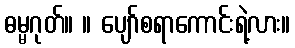
ဓမ္မဂုတ်။ ။ ပျော်စရာကောင်းရဲ့လား။